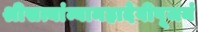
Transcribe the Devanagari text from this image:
श्रीसत्यांम्बामहादेवीपूजनं